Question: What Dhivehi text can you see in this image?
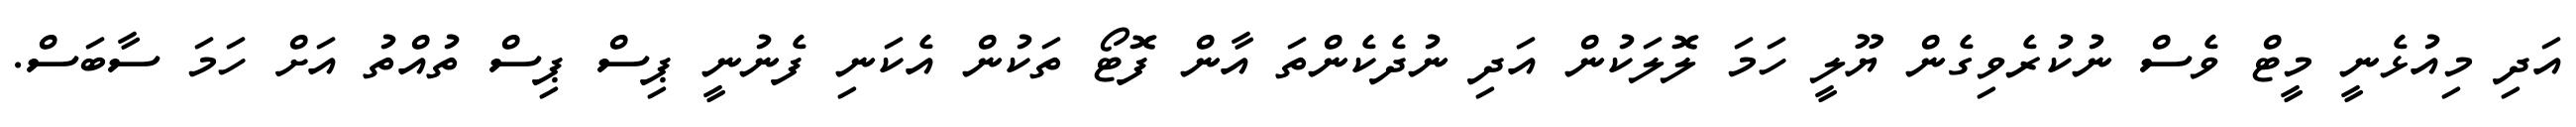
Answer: އަދި މިއުޅެނީ މީޓް ވެސް ނުކުރެވިގެން ޔޫލީ ހަމަ ލޮލަކުން އަދި ނުދެކެންތަ އާން ފޮޓޯ ތަކުން އެކަނި ފެނުނީ ޕިސް ޕިސް ތުއްތު އަށް ހަމަ ސާބަސް.